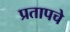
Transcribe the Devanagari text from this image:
प्रतापचे